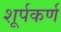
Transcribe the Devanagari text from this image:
शूर्पकर्ण